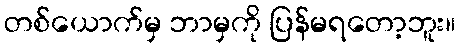
တစ်ယောက်မှ ဘာမှကို ပြန်မရတော့ဘူး။